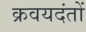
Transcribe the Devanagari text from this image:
क्रवयदंतों